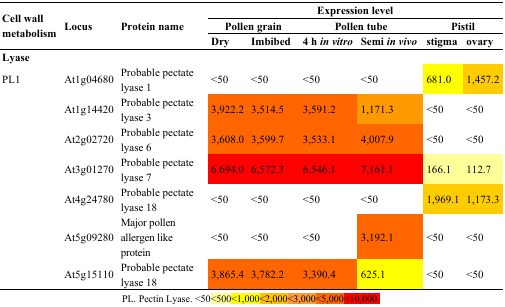
<table><thead><tr><td rowspan="3"><b>Cell wall metabolism</b></td><td rowspan="3"><b>Locus</b></td><td rowspan="3"><b>Protein name</b></td><td colspan="6"><b>Expression level</b></td></tr><tr><td colspan="2"><b>Pollen grain</b></td><td colspan="2"><b>Pollen tube</b></td><td colspan="2"><b>Pistil</b></td></tr><tr><td><b>Dry</b></td><td><b>Imbibed</b></td><td><b>4 h<i>in vitro</i></b></td><td><b>Semi<i>in vivo</i></b></td><td><b>stigma</b></td><td><b>ovary</b></td></tr></thead><tbody><tr><td><b>Lyase</b></td><td></td><td></td><td></td><td></td><td></td><td></td><td></td><td></td></tr><tr><td>PL1</td><td>At1g04680</td><td>Probable pectate lyase 1</td><td>&lt;50</td><td>&lt;50</td><td>&lt;50</td><td>&lt;50</td><td>681.0</td><td>1,457.2</td></tr><tr><td></td><td>At1g14420</td><td>Probable pectate lyase 3</td><td>3,922.2</td><td>3,514.5</td><td>3,591.2</td><td>1,171.3</td><td>&lt;50</td><td>&lt;50</td></tr><tr><td></td><td>At2g02720</td><td>Probable pectate lyase 6</td><td>3,608.0</td><td>3,599.7</td><td>3,533.1</td><td>4,007.9</td><td>&lt;50</td><td>&lt;50</td></tr><tr><td></td><td>At3g01270</td><td>Probable pectate lyase 7</td><td>6,694.0</td><td>6,572.3</td><td>6,546.1</td><td>7,161.1</td><td>166.1</td><td>112.7</td></tr><tr><td></td><td>At4g24780</td><td>Probable pectate lyase 18</td><td>&lt;50</td><td>&lt;50</td><td>&lt;50</td><td>&lt;50</td><td>1,969.1</td><td>1,173.3</td></tr><tr><td></td><td>At5g09280</td><td>Major pollen allergen like protein</td><td>&lt;50</td><td>&lt;50</td><td>&lt;50</td><td>3,192.1</td><td>&lt;50</td><td>&lt;50</td></tr><tr><td></td><td>At5g15110</td><td>Probable pectate lyase 18</td><td>3,865.4</td><td>3,782.2</td><td>3,390.4</td><td>625.1</td><td>&lt;50</td><td>&lt;50</td></tr></tbody></table>